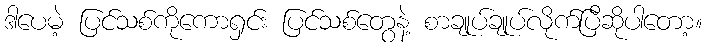
ဒါပေမဲ့ ပြင်သစ်ကိုကောရှင်း ပြင်သစ်တွေနဲ့ စာချုပ်ချုပ်လိုက်ပြီဆိုပါတော့။